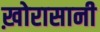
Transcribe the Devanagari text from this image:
ख़ोरासानी